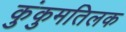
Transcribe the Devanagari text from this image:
कुंकुमतिलक